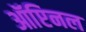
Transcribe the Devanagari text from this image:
ऑप्टिनल